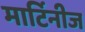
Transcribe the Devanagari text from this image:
मार्टिनीज